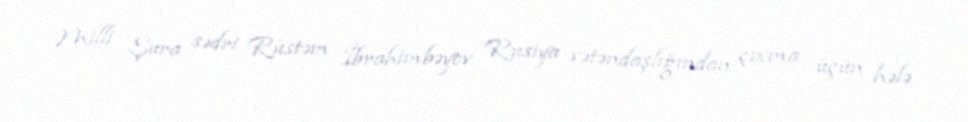
Milli Şura sədri Rüstəm İbrahimbəyov Rusiya vətəndaşlığından çıxma üçün hələ